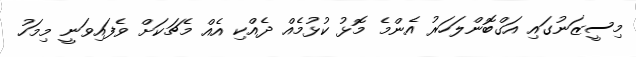
މިސީޒަނުގައި އަގްބޮންލަހަރު އެންމެ މޮޅު ކުޅުމެއް ދެއްކި އެއް މެޗަކަށް ވެފައިވަނީ މިމަހު